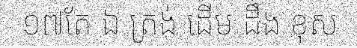
១៧តែ ឯ ត្រង់ ដើម ដឹង ខុស